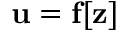
\mathbf { u } = \mathbf { f } [ \mathbf { z } ]